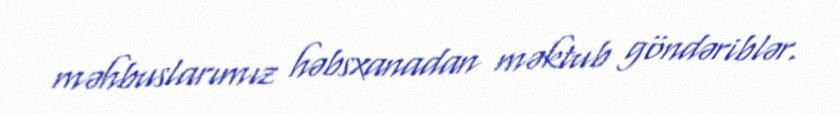
məhbuslarımız həbsxanadan məktub göndəriblər.